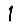
Digit: 1